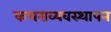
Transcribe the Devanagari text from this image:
कचराव्यवस्थापन